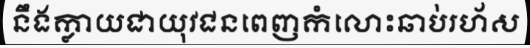
នឹងក្លាយជាយុវជនពេញកំលោះឆាប់រហ័ស